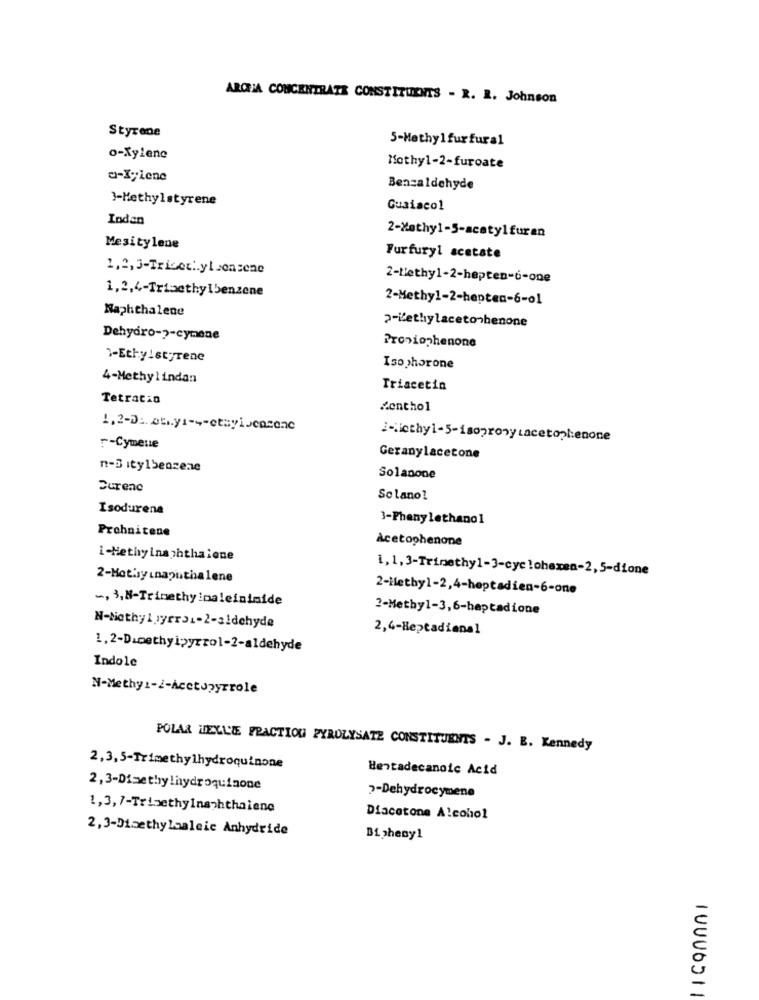
ARCA CONCENTRATE CONSTITUENTS - R. R. Johnson
Styrene
5-Methyl furfural
o-Xylene
Mothy1-2-furoate
a-Xylene
Benzaldehyde
}-Methylstyrene
Guaiacol
Indan
2-Xathy1-5-acetylfuran
Mesitylene
Furfuryl acetate
2-Nethy1-2-hepten-6-one
1,2,4-Trimethylbenzene
2-Methyl-2-hepten-6-01
Naphthalene
2-Lethylacetonbenone
Dehydro-2-cymene
Propiophenone
7-Ethylstyrene
Isophorone
4-Methylindan
Triscetin
Tetracio
Menthol
1,2-D :. at .. ya --- etayisencone
F-Cymene
Geranylacetone
n-Bitylbenzene
Solanone
Durenc
Solano!
Isodurena
1-Phenylethanol
Prahaitene
Acetophenone
i-Methylnaphthalone
1, 1,3-Trimethyl-3-cyclohexen-2,5-dione
2-Mot'yınaputhalene
2-Methyl-2,4-heptadien-6-one
-, 3, 8-Trinethy inaleinimide
2-Methyl-3,6-heptadione
N-Methyl jyer31-2-sidehyde
2,4-Heptadianal
1,2-Dimethyipyrrol-2-aldehyde
Indole
N-Methy :- 2-Acetopyrrole
POLAR HELLE FRACTION PYROLYSATE CONSTITUENTS - J. B. Kennedy
2,3,5-Trimethylhydroquinone
Hentadecanoic Acid
2,3-Dimethylhydroquinone
2-Dehydrocymene
1,3,7-Trimethylnaphthaiene
Diacetone Alcohol
2,3-Dimethylgaleic Anhydride
Bi pheny1